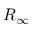
R _ { \infty }